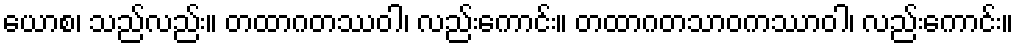
ယောစ၊ သည်လည်း။ တထာဂတဿဝါ၊ လည်းကောင်း။ တထာဂတသာဝကဿာဝါ၊ လည်းကောင်း။